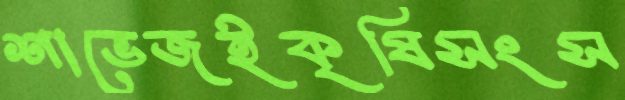
শাভেজইকৃষিসংস